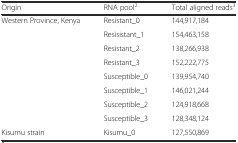
<table><thead><tr><td><b>Origin</b></td><td><b>RNA pool<sup>2</sup></b></td><td><b>Total aligned reads<sup>3</sup></b></td></tr></thead><tbody><tr><td>Western Province, Kenya</td><td>Resistant_0</td><td>144,917,184</td></tr><tr><td></td><td>Resisistant_1</td><td>154,463,158</td></tr><tr><td></td><td>Resistant_2</td><td>138,266,938</td></tr><tr><td></td><td>Resistant_3</td><td>152,222,775</td></tr><tr><td></td><td>Susceptible_0</td><td>139,954,740</td></tr><tr><td></td><td>Susceptible_1</td><td>146,021,244</td></tr><tr><td></td><td>Susceptible_2</td><td>124,918,668</td></tr><tr><td></td><td>Susceptible_3</td><td>128,348,124</td></tr><tr><td>Kisumu strain</td><td>Kisumu_0</td><td>127,550,869</td></tr></tbody></table>